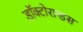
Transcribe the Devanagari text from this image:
डॉक्टोरान्डस